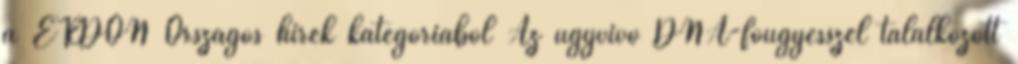
a ERDON Országos hírek kategóriából Az ügyvivő DNA-főügyésszel találkozott